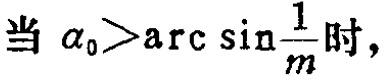
当 $\alpha_{0}>\arcsin\frac{1}{m}$ 时，